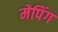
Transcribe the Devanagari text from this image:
मेपिंग